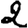
Digit: 2